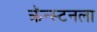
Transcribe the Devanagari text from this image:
क्रॅन्स्टनला